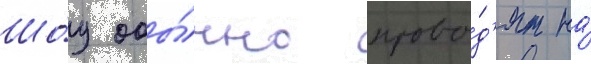
Шо́у обы́чно прово́д'ят на́